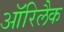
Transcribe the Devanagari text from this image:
ऑरिलैक